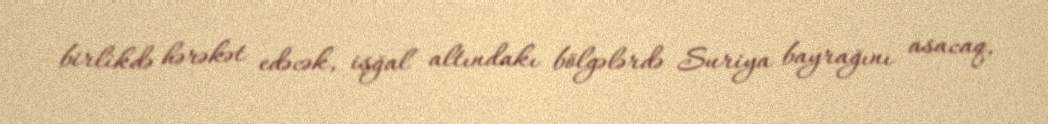
birlikdə hərəkət edəcək, işğal altındakı bölgələrdə Suriya bayrağını asacaq,